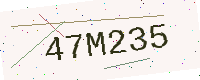
Text: 47M235